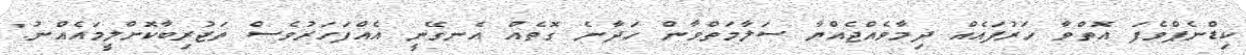
ކިޑްނެޕްވެފަ އޮތްވާ ހަރުފައެއް ދިމާވެއްޖެއްޔާ ސަލާމަތްވާން ހަދާނެ ގޮތެއް އެނގޭނީ އެއްފަހަރުވެސް ތަޖުރިބާކޮށްލީމައެއްނު."